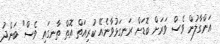
އަންގާލުން ވެސް ވަރަށް ބޮޑަށް ރަނގަޅުވާނެއޭ ކުރިއަތް އޮތް ތާނގައި ވެސް" ބަންދު